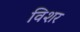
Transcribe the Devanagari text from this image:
विशर